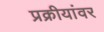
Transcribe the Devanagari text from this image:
प्रक्रीयांवर